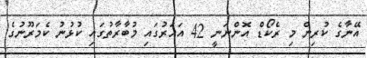
އޭނާގެ ކުރިން މި ރެކޯޑް އޮންނަނީ 42 އަހަރުގައި މުބާރާތުގައި ކުޅުނު ކެމަރޫނުގެ